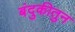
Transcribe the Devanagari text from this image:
बंदुकीतुन